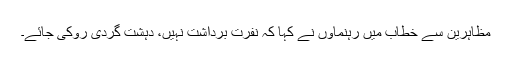
مظاہرین سے خطاب میں رہنماؤں نے کہا کہ نفرت برداشت نہیں، دہشت گردی روکی جائے۔